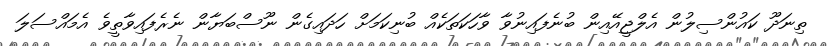
ތިނަދޫ ކައުންސިލުން އެލްޖީއޭއިން ބުނެފައިނުވާ ވާހަކަތަކެއް ބުނިކަމަށް ހަދައިގެން ނޫސްބަޔާން ނެރެފައިވާތީވެ އެމައްސަލަ